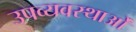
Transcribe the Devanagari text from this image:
उपव्यवस्थाओं